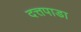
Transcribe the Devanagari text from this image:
दत्तपाडा